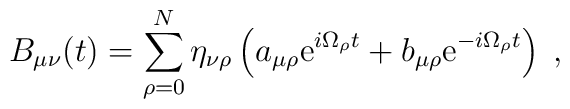
B_{\mu\nu}(t)=\sum_{\rho=0}^N\eta_{\nu\rho}\left(a_{\mu\rho}{\rm e}^{i\Omega_\rho t}+b_{\mu\rho}{\rm e}^{-i\Omega_\rho t}\right)\;,